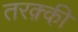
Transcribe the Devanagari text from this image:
तरक़्की़